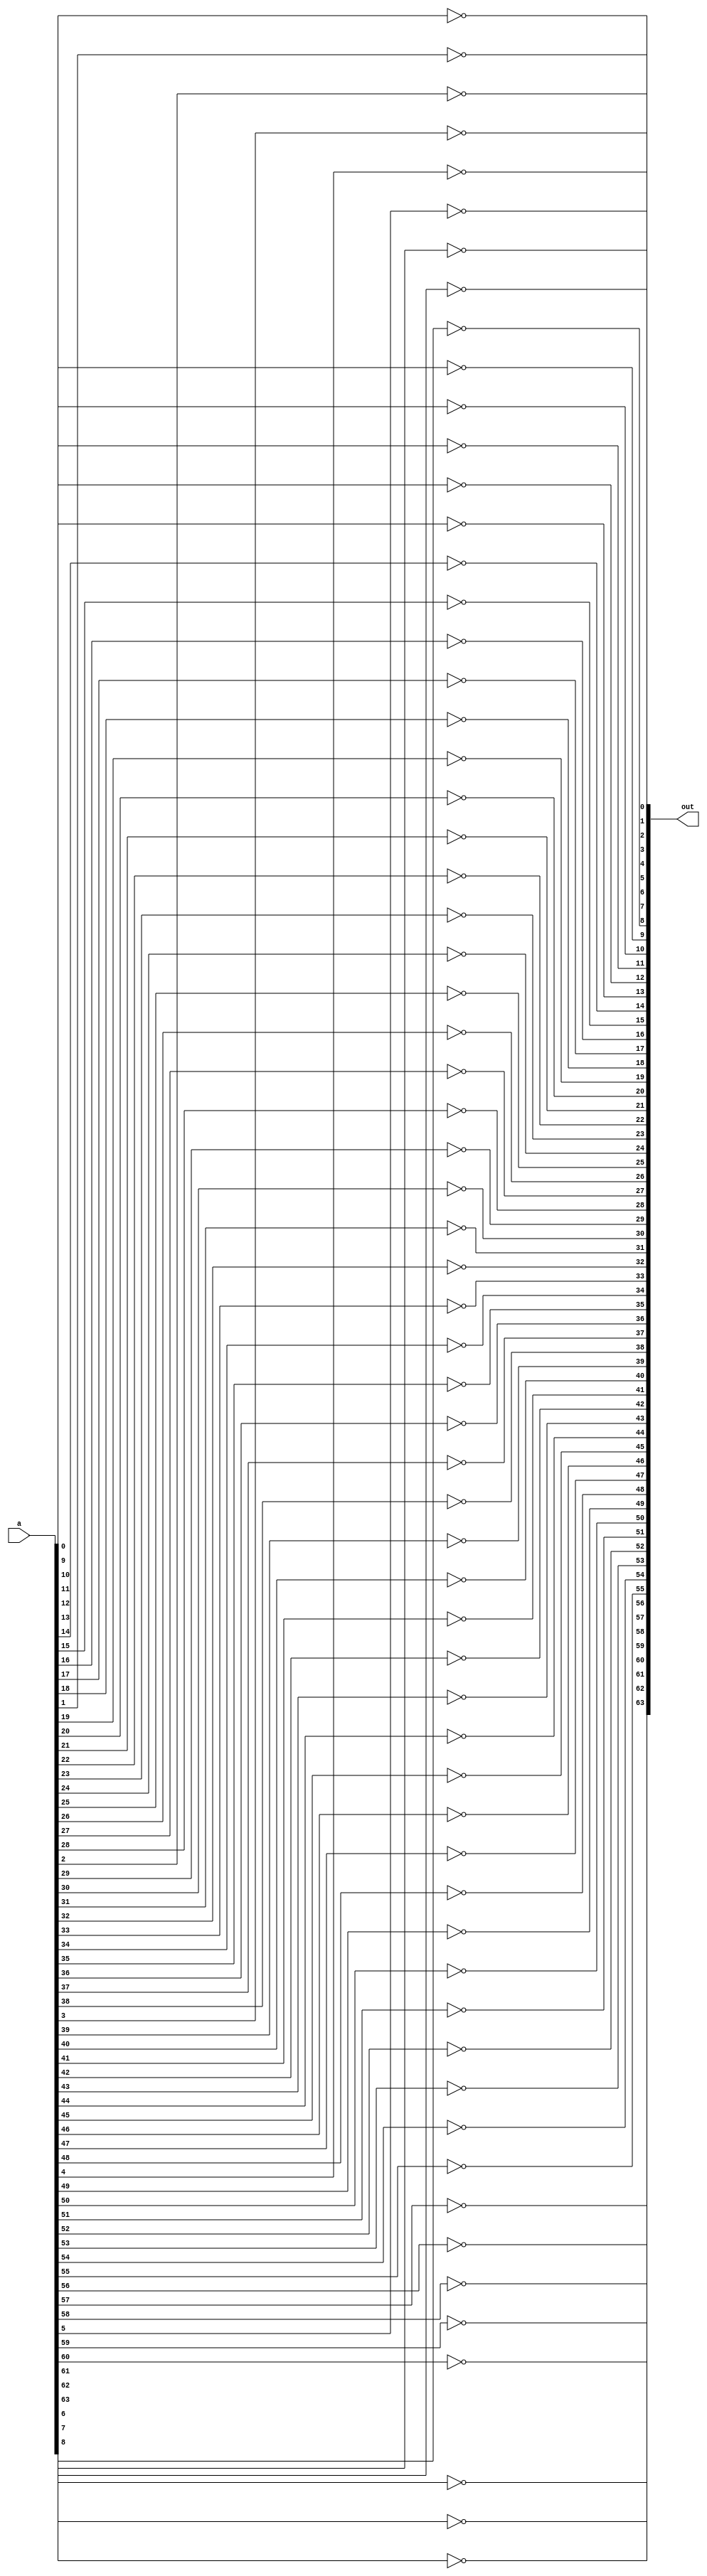


module not_vector(
	input wire [63:0]a,
	output wire [63:0]out
	);
	
genvar i;

generate for(i=0; i<64; i=i+1)
	begin
		not not_gate1( out[i], a[i] );
	end
	endgenerate

endmodule